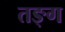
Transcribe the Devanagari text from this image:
तङ्ग